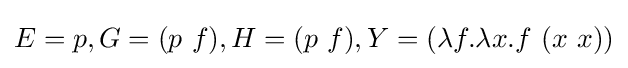
E=p,G=(p\ f),H=(p\ f),Y=(\lambda f.\lambda x.f\ (x\ x))